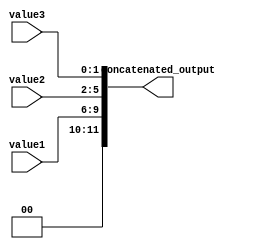
module ConcatenationExample (
    input [3:0] value1,
    input [3:0] value2,
    input [1:0] value3,
    output [11:0] concatenated_output
);

assign concatenated_output = {value1, value2, value3};

endmodule